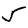
Digit: 5